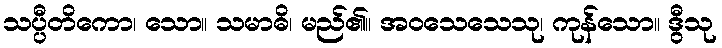
သပ္ပီတိကော၊ သော။ သမာဓိ၊ မည်၏။ အဝသေသေသု၊ ကုန်သော။ ဒွီသု